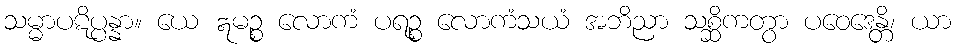
သမ္မာပဋိပ္ပန္နာ။ ယေ ဣမဉ္စ လောကံ ပရဉ္စ လောကံသယံ အဘိညာ သစ္ဆိကတွာ ပဝေဒေန္တိ၊ ယာ